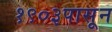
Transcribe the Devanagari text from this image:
१९०३पासून